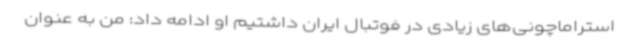
استراماچونی‌های زیادی در فوتبال ایران داشتیم او ادامه داد: من به عنوان